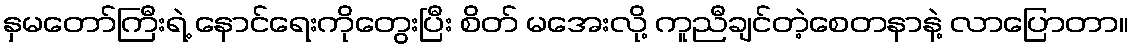
နှမတော်ကြီးရဲ့ နောင်ရေးကိုတွေးပြီး စိတ် မအေးလို့ ကူညီချင်တဲ့စေတနာနဲ့ လာပြောတာ။